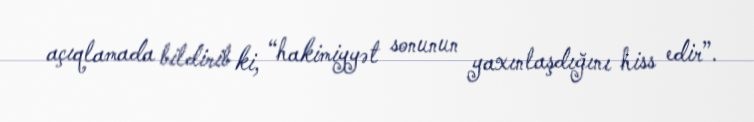
açıqlamada bildirib ki, “hakimiyyət sonunun yaxınlaşdığını hiss edir”.